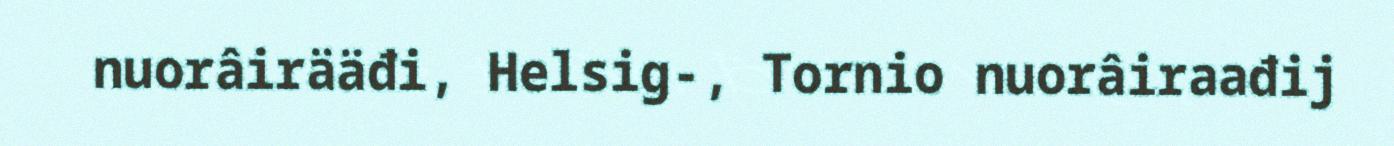
nuorâirääđi, Helsig-, Tornio nuorâiraađij